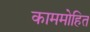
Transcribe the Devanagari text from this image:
काममोहित